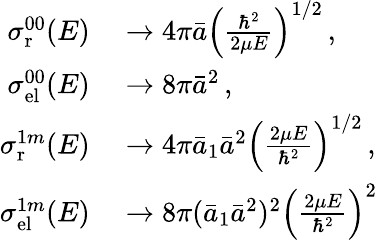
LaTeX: \begin{array}{rl}{\sigma_{\mathrm{r}}^{00}(E)}&{{}\to 4\pi\bar{a}\left(\frac{\hbar^{2}}{2\mu E}\right)^{1/2}\, ,}\\ {\sigma_{\mathrm{el}}^{00}(E)}&{{}\to 8\pi{\bar{a}}^{2}\, ,}\\ {\sigma_{\mathrm{r}}^{1m}(E)}&{{}\to 4\pi\bar{a}_{1}{\bar{a}}^{2}\left(\frac{2\mu E}{\hbar^{2}}\right)^{1/2}\, ,}\\ {\sigma_{\mathrm{el}}^{1m}(E)}&{{}\to 8\pi(\bar{a}_{1}{\bar{a}}^{2})^{2}\left(\frac{2\mu E}{\hbar^{2}}\right)^{2}}\end{array}